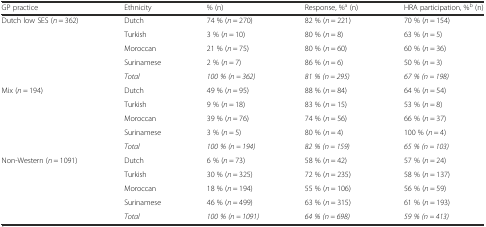
<table><thead><tr><td><b>GP practice</b></td><td><b>Ethnicity</b></td><td><b>% (n)</b></td><td><b>Response, %<sup>a</sup> (n)</b></td><td><b>HRA participation, %<sup>b</sup> (n)</b></td></tr></thead><tbody><tr><td>Dutch low SES (<i>n</i> = 362)</td><td>Dutch</td><td>74 % (<i>n</i> = 270)</td><td>82 % (<i>n</i> = 221)</td><td>70 % (<i>n</i> = 154)</td></tr><tr><td></td><td>Turkish</td><td>3 % (<i>n</i> = 10)</td><td>80 % (<i>n</i> = 8)</td><td>63 % (<i>n</i> = 5)</td></tr><tr><td></td><td>Moroccan</td><td>21 % (<i>n</i> = 75)</td><td>80 % (<i>n</i> = 60)</td><td>60 % (<i>n</i> = 36)</td></tr><tr><td></td><td>Surinamese</td><td>2 % (<i>n</i> = 7)</td><td>86 % (<i>n</i> = 6)</td><td>50 % (<i>n</i> = 3)</td></tr><tr><td></td><td><i>Total</i></td><td><i>100 % (n = 362)</i></td><td><i>81 % (n = 295)</i></td><td><i>67 % (n = 198)</i></td></tr><tr><td>Mix (<i>n</i> = 194)</td><td>Dutch</td><td>49 % (<i>n</i> = 95)</td><td>88 % (<i>n</i> = 84)</td><td>64 % (<i>n</i> = 54)</td></tr><tr><td></td><td>Turkish</td><td>9 % (<i>n</i> = 18)</td><td>83 % (<i>n</i> = 15)</td><td>53 % (<i>n</i> = 8)</td></tr><tr><td></td><td>Moroccan</td><td>39 % (<i>n</i> = 76)</td><td>74 % (<i>n</i> = 56)</td><td>66 % (<i>n</i> = 37)</td></tr><tr><td></td><td>Surinamese</td><td>3 % (<i>n</i> = 5)</td><td>80 % (<i>n</i> = 4)</td><td>100 % (<i>n</i> = 4)</td></tr><tr><td></td><td><i>Total</i></td><td><i>100 % (n = 194)</i></td><td><i>82 % (n = 159)</i></td><td><i>65 % (n = 103)</i></td></tr><tr><td>Non-Western (<i>n</i> = 1091)</td><td>Dutch</td><td>6 % (<i>n</i> = 73)</td><td>58 % (<i>n</i> = 42)</td><td>57 % (<i>n</i> = 24)</td></tr><tr><td></td><td>Turkish</td><td>30 % (<i>n</i> = 325)</td><td>72 % (<i>n</i> = 235)</td><td>58 % (<i>n</i> = 137)</td></tr><tr><td></td><td>Moroccan</td><td>18 % (<i>n</i> = 194)</td><td>55 % (<i>n</i> = 106)</td><td>56 % (<i>n</i> = 59)</td></tr><tr><td></td><td>Surinamese</td><td>46 % (<i>n</i> = 499)</td><td>63 % (<i>n</i> = 315)</td><td>61 % (<i>n</i> = 193)</td></tr><tr><td></td><td><i>Total</i></td><td><i>100 % (n = 1091)</i></td><td><i>64 % (n = 698)</i></td><td><i>59 % (n = 413)</i></td></tr></tbody></table>